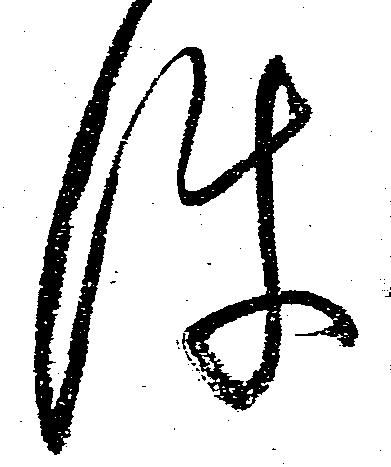
件